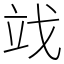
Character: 䇅